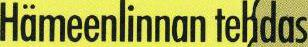
Hämeenlinnan tehdas